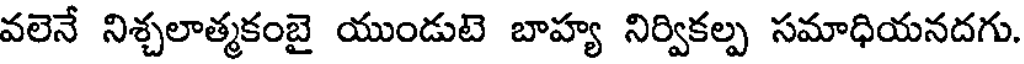
వలెనే నిశ్చలాత్మకంబై యుండుటె బాహ్య నిర్వికల్ప సమాధియనదగు.